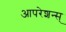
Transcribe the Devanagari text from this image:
आपरेशन्स्